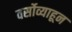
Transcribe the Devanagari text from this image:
वर्सोव्याहून